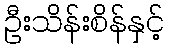
ဦးသိန်းစိန်နှင့်